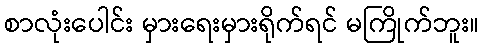
စာလုံးပေါင်း မှားရေးမှားရိုက်ရင် မကြိုက်ဘူး။